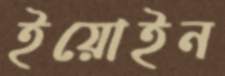
ইয়োইন